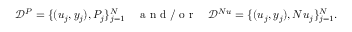
\mathcal { D } ^ { P } = \{ ( u _ { j } , y _ { j } ) , P _ { j } \} _ { j = 1 } ^ { N } \quad \mathrm { ~ a ~ n ~ d ~ / ~ o ~ r ~ } \quad \mathcal { D } ^ { N u } = \{ ( u _ { j } , y _ { j } ) , N u _ { j } \} _ { j = 1 } ^ { N } .